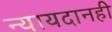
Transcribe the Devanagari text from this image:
न्यायदानही